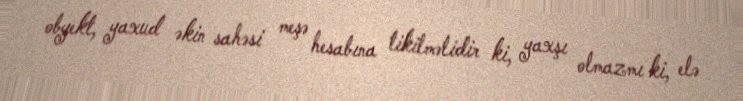
obyekt, yaxud əkin sahəsi meşə hesabına tikilməlidir ki, yaxşı olmazmı ki, elə